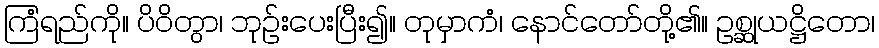
ကြံရည်ကို။ ပိဝိတွာ၊ ဘုဉ်းပေးပြီး၍။ တုမှာကံ၊ နောင်တော်တို့၏။ ဥစ္ဆုယဋ္ဌိတော၊